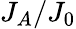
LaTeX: J_{A}/J_{0}